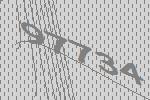
97734